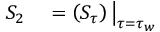
\begin{array} { r l } { S _ { 2 } } & { { } = \left( S _ { \tau } \right) \big | _ { \tau = \tau _ { w } } } \end{array}